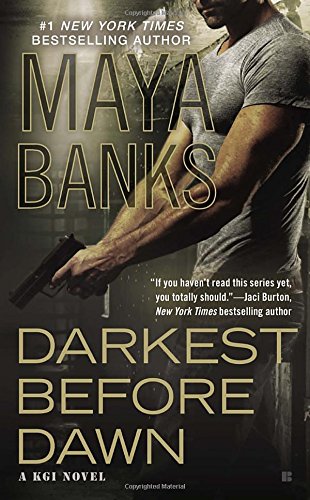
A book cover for Darkest Before Dawn (A KGI Novel); Maya Banks; Romance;